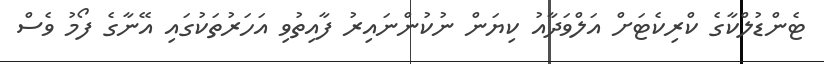
ޓެންޑުލްކާގެ ކްރިކެޓަށް އަލްވަދާއު ކިޔަން ނުކުންނައިރު ފާއިތުވި އަހަރުތަކުގައި އޭނާގެ ފޯމު ވެސް